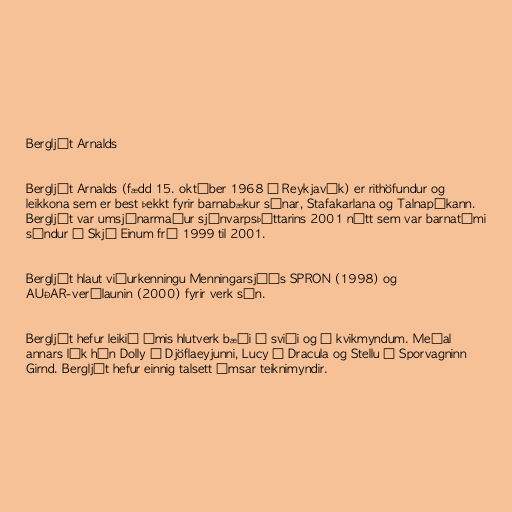
Bergljót Arnalds

Bergljót Arnalds (fædd 15. október 1968 í Reykjavík) er rithöfundur og
leikkona sem er best þekkt fyrir barnabækur sínar, Stafakarlana og Talnapúkann.
Bergljót var umsjónarmaður sjónvarpsþáttarins 2001 nótt sem var barnatími
sýndur á Skjá Einum frá 1999 til 2001.

Bergljót hlaut viðurkenningu Menningarsjóðs SPRON (1998) og
AUÐAR-verðlaunin (2000) fyrir verk sín.

Bergljót hefur leikið ýmis hlutverk bæði á sviði og í kvikmyndum. Meðal
annars lék hún Dolly í Djöflaeyjunni, Lucy í Dracula og Stellu í Sporvagninn
Girnd. Bergljót hefur einnig talsett ýmsar teiknimyndir.